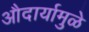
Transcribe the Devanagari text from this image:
औदार्यामुळे